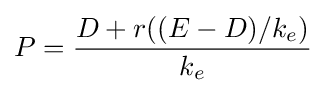
P={D+r((E-D)/k_{e}) \over {k_{e}}}